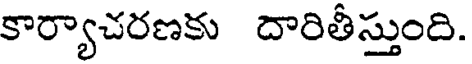
కార్యాచరణకు దారితీస్తుంది.